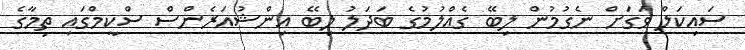
ސައިކަލް ވަގަށް ނެގުމުން ލިބޭ ގެއްލުމުގެ ބަދަލު ލިބޭ އިންޝުއަރެންސް ސްކީމްގައި ތިމާގެ